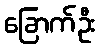
ခြောက်ဦး